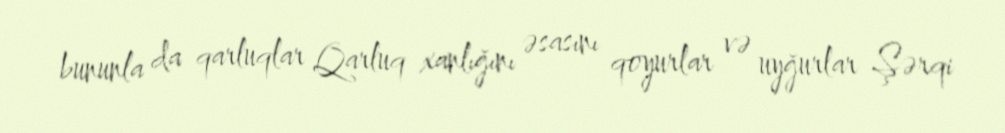
bununla da qarluqlar Qarluq xanlığını əsasını qoyurlar və uyğurlar Şərqi